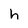
Character: h